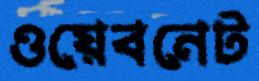
ওয়েবনেট